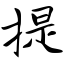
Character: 提